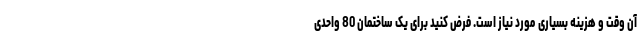
آن وقت و هزینه بسیاری مورد نیاز است. فرض کنید برای یک ساختمان 80 واحدی